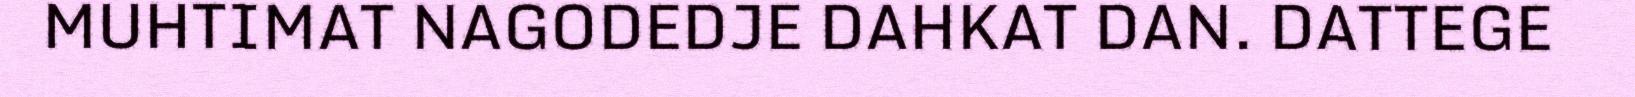
MUHTIMAT NAGODEDJE DAHKAT DAN. DATTEGE